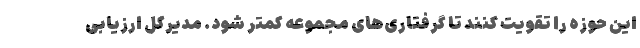
این حوزه را تقویت کنند تا گرفتاری‌های مجموعه کمتر شود. مدیرکل ارزیابی